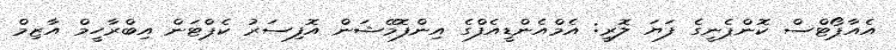
އެއާޕޯޓްސް ކޮންޕެނީގެ ފަޔަ ލޮރީ: އެމްއެންޑީއެފްގެ އިންފޮމޭޝަން އޮފިސަރު ކެޕްޓަން އިބްރާހީމް އާޒިމް